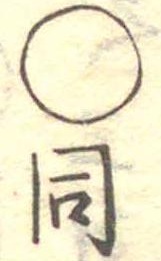
○同